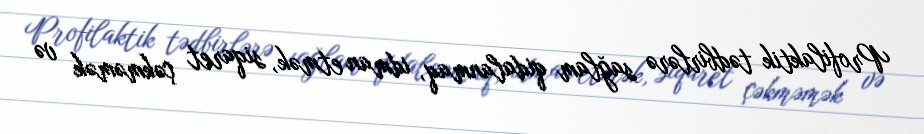
Profilaktik tədbirlərə sağlam qidalanmaq, idman etmək, siqaret çəkməmək və